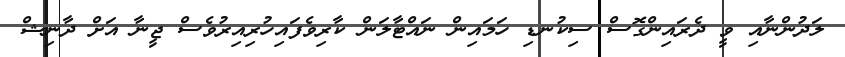
ލަދުންނާއި ވީ ދެރައިންގޮސް ސިކުނޑި ހަމައިން ނައްޓާލަން ކާރިވެފައިހުރިއިރުވެސް ޖީނާ އަށް ދާނިޝް